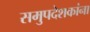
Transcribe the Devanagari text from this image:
समुपदेशकांना